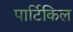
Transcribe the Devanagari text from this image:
पार्टिकिल